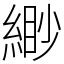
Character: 緲